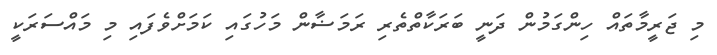
މި ޖަރީމާތައް ހިންގަމުން ދަނީ ބަރަކާތްތެރި ރަމަޟާން މަހުގައި ކަމަށްވެފައި މި މައްސަރަކީ